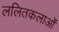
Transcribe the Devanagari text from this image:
ललितकलाओं